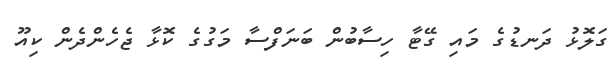
ގަލޮޅު ދަނޑުގެ މައި ގޭޓާ ހިސާބުން ބަނަފްސާ މަގުގެ ކޮޅާ ޖެހެންދެން ކިއޫ